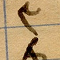
٣